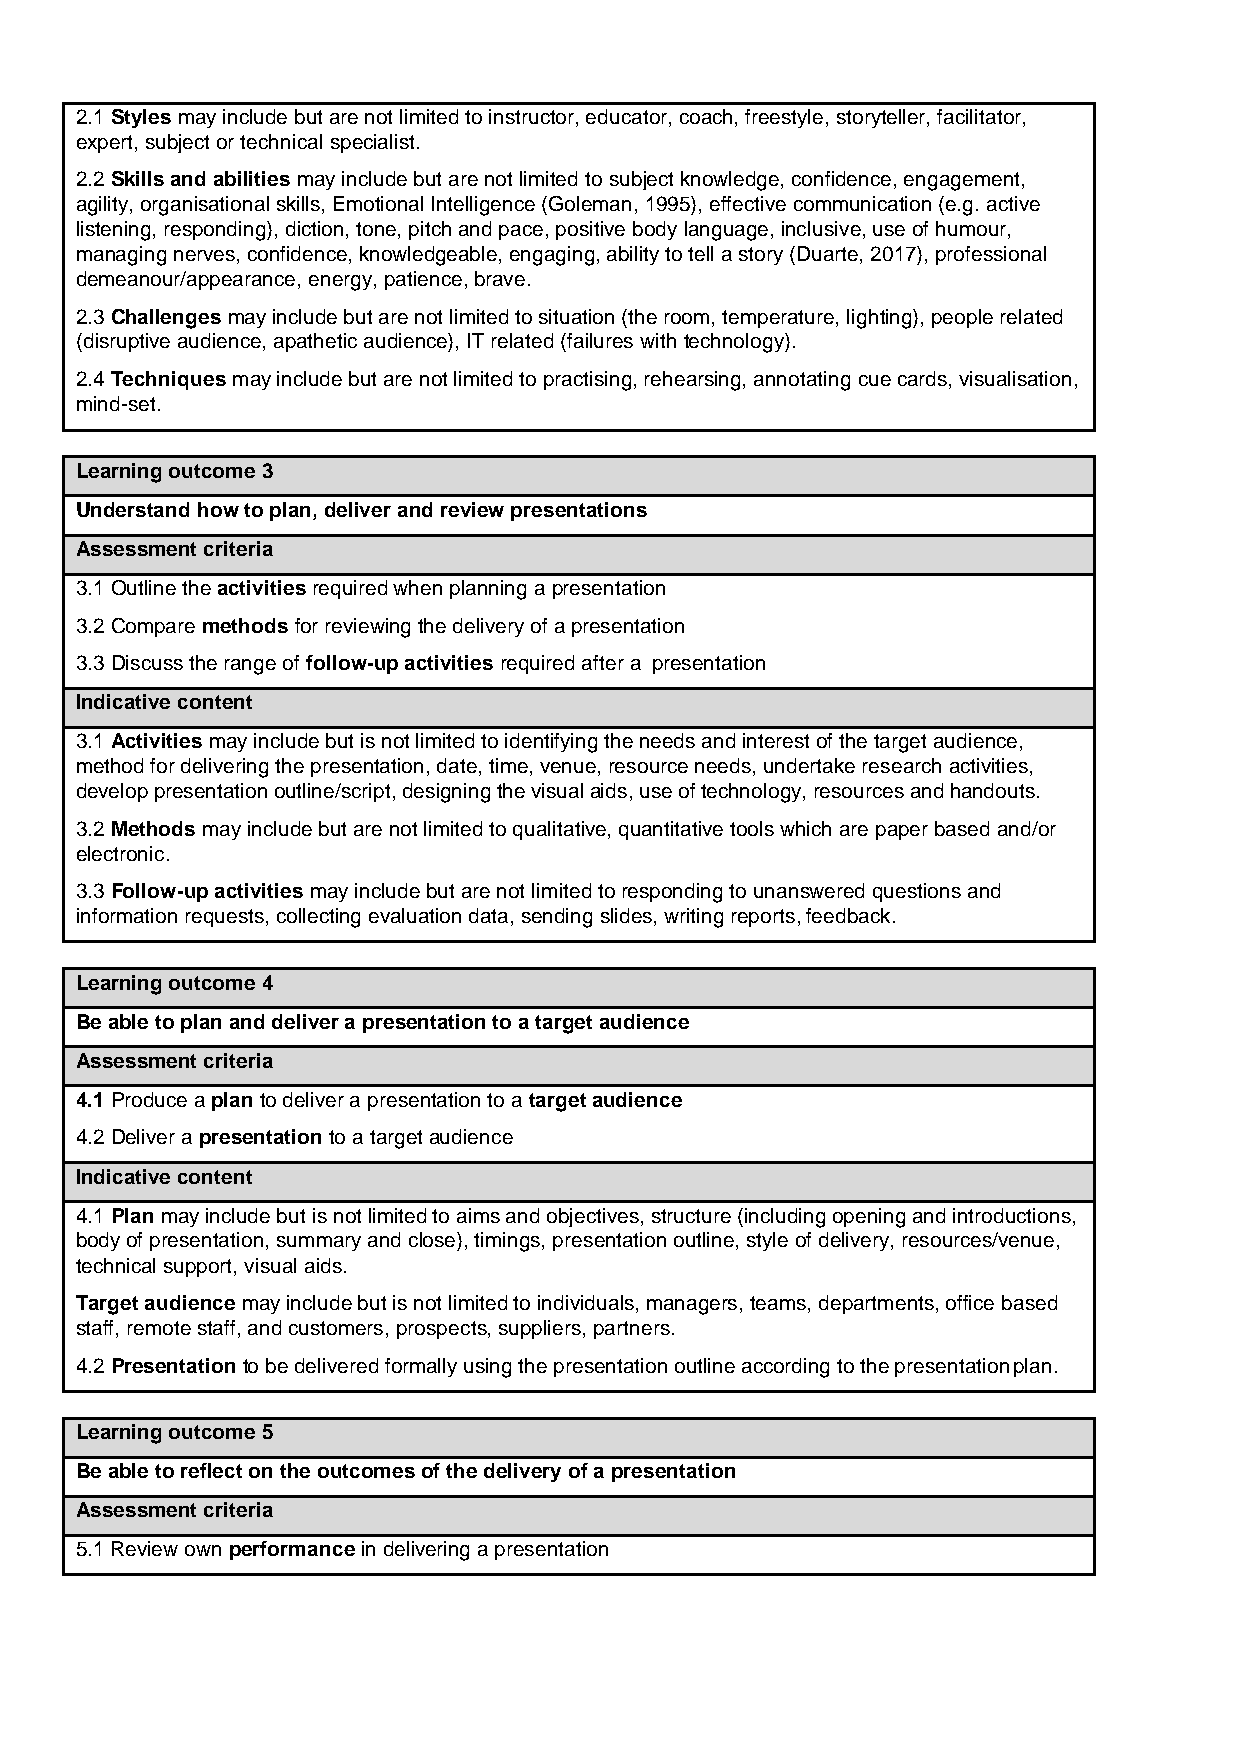
2.1 Styles may include but are not limited to instructor, educator, coach, freestyle, storyteller, facilitator,
 expert, subject or technical specialist.
 2.2 Skills and abilities may include but are not limited to subject knowledge, confidence, engagement,
 agility, organisational skills, Emotional Intelligence (Goleman, 1995), effective communication (e.g. active
 listening, responding), diction, tone, pitch and pace, positive body language, inclusive, use of humour,
 managing nerves, confidence, knowledgeable, engaging, ability to tell a story (Duarte, 2017), professional
 demeanour/appearance, energy, patience, brave.
 2.3 Challenges may include but are not limited to situation (the room, temperature, lighting), people related
 (disruptive audience, apathetic audience), IT related (failures with technology).
 2.4 Techniques may include but are not limited to practising, rehearsing, annotating cue cards, visualisation,
 mind-set.
 Learning outcome 3
 Understand how to plan, deliver and review presentations
 Assessment criteria
 3.1 Outline the activities required when planning a presentation
 3.2 Compare methods for reviewing the delivery of a presentation
 3.3 Discuss the range of follow-up activities required after a presentation
 Indicative content
 3.1 Activities may include but is not limited to identifying the needs and interest of the target audience,
 method for delivering the presentation, date, time, venue, resource needs, undertake research activities,
 develop presentation outline/script, designing the visual aids, use of technology, resources and handouts.
 3.2 Methods may include but are not limited to qualitative, quantitative tools which are paper based and/or
 electronic.
 3.3 Follow-up activities may include but are not limited to responding to unanswered questions and
 information requests, collecting evaluation data, sending slides, writing reports, feedback.
 Learning outcome 4
 Be able to plan and deliver a presentation to a target audience
 Assessment criteria
 4.1 Produce a plan to deliver a presentation to a target audience
 4.2 Deliver a presentation to a target audience
 Indicative content
 4.1 Plan may include but is not limited to aims and objectives, structure (including opening and introductions,
 body of presentation, summary and close), timings, presentation outline, style of delivery, resources/venue,
 technical support, visual aids.
 Target audience may include but is not limited to individuals, managers, teams, departments, office based
 staff, remote staff, and customers, prospects, suppliers, partners.
 4.2 Presentation to be delivered formally using the presentation outline according to the presentation plan.
 Learning outcome 5
 Be able to reflect on the outcomes of the delivery of a presentation
 Assessment criteria
 5.1 Review own performance in delivering a presentation